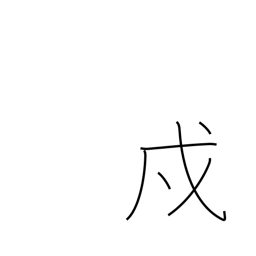
Meaning: protection